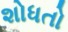
શોધતો